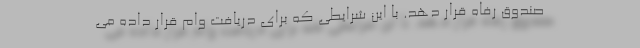
صندوق رفاه قرار دهد. با این شرایطی که برای دریافت وام قرار داده می